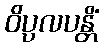
ဝိပ္ပလပန္တိံ